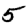
Digit: 5